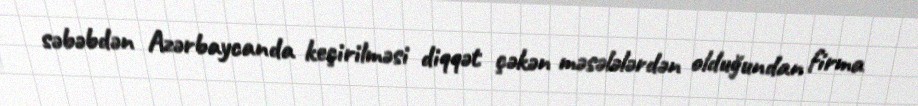
səbəbdən Azərbaycanda keçirilməsi diqqət çəkən məsələlərdən olduğundan firma